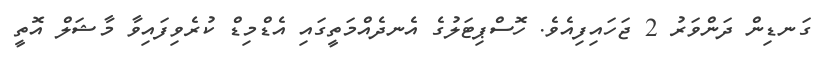
ގަނޑިން ދަންވަރު 2 ޖަހައިފިއެވެ. ހޮސްޕިޓަލުގެ އެނދެއްމަތީގައި އެޑްމިޑް ކުރެވިފައިވާ މާޝަލް އޮތީ